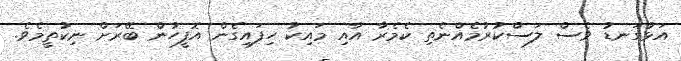
އަޅުގަނޑު ވެސް ލަސްކުރުމެއްނެތި ކެމެރާ އާއި މައިކު ހިފައިގެން އޮފީހުން ބޭރަށް ނިކުތީމެވެ.